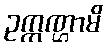
ဥက္ကဏ္ဌာမိ